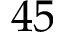
4 5